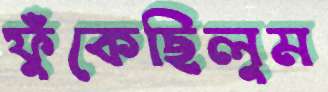
ফুঁকেছিলুম